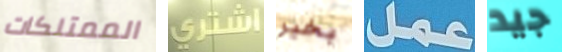
الممتلكات إشتري بخير عمل جيد